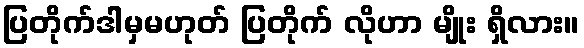
ပြတိုက်ဒါမှမဟုတ် ပြတိုက် လိုဟာ မျိုး ရှိလား။